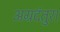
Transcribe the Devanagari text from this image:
अग्रदंतुरा